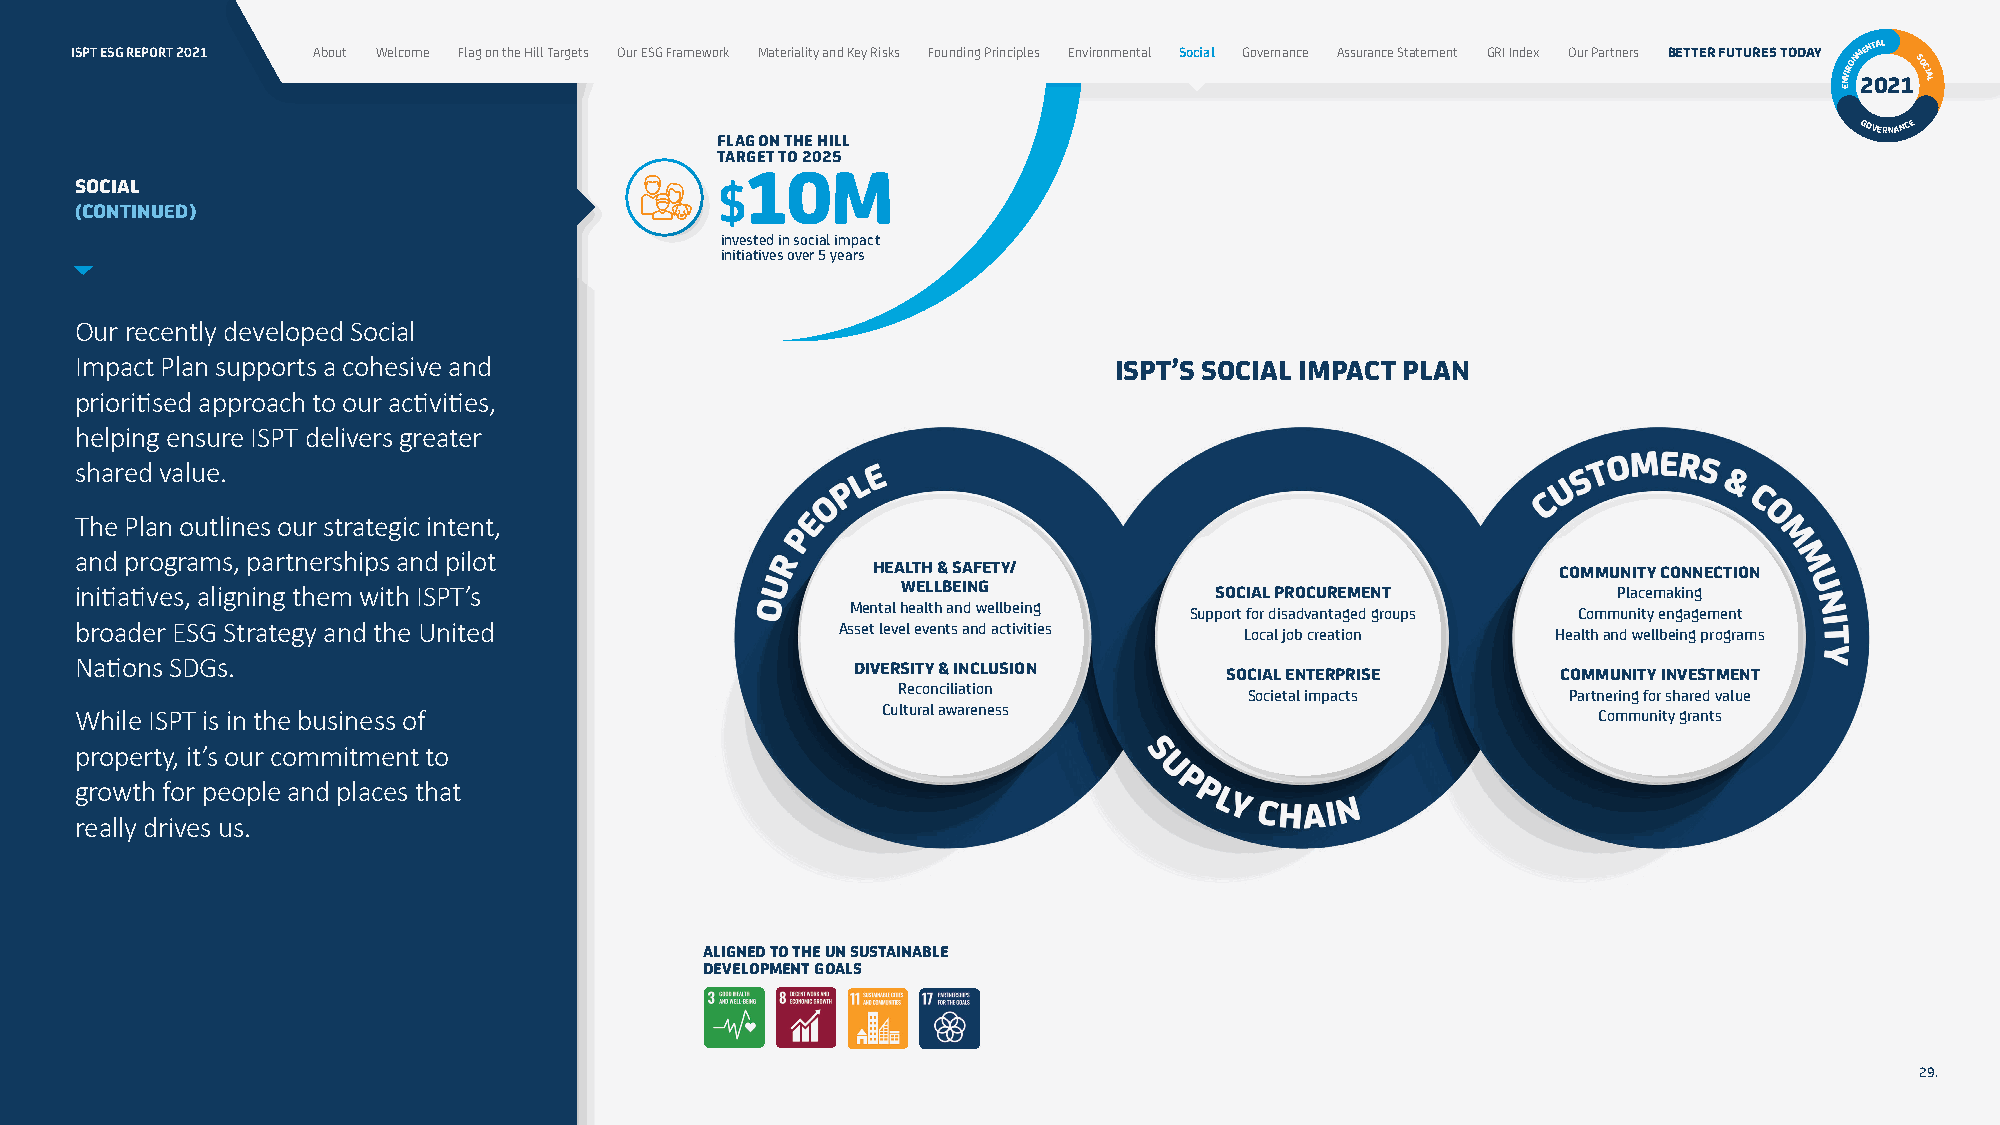
ISPT ESG REPORT 2021 About Welcome Flag on the Hill Targets Our ESG Framework Materiality and Key Risks Founding Principles Environmental Social Governance Assurance Statement GRI Index Our Partners BETTER FUTURES TODAY NVIRONM 2ENT 0AL
 21SOCIAL
 E
 GOVERNANCE
 FLAG ON THE HILL
 TARGET TO 2025
 10M
 SOCIAL                                    $
 (CONTINUED)
 invested in social impact
 initiatives over 5 years
 Our recently developed Social
 Impact Plan supports a cohesive and
 ISPT’S SOCIAL IMPACT PLAN
 prioritised approach to our activities,
 helping ensure ISPT delivers greater
 shared value.
 The Plan outlines our strategic intent,
 and programs, partnerships and pilot
 HEALTH & SAFETY/                             COMMUNITY CONNECTION
 initiatives, aligning them with ISPT’s                 WELLBEING           SOCIAL PROCUREMENT         Placemaking
 Mental health and wellbeing Support for disadvantaged groups Community engagement
 broader ESG Strategy and the United                Asset level events and activities Local job creation Health and wellbeing programs
 Nations SDGs.
 DIVERSITY & INCLUSION    SOCIAL ENTERPRISE     COMMUNITY INVESTMENT
 Reconciliation          Societal impacts     Partnering for shared value
 While ISPT is in the business of                     Cultural awareness                              Community grants
 property, it’s our commitment to
 growth for people and places that
 really drives us.
 ALIGNED TO THE UN SUSTAINABLE
 DEVELOPMENT GOALS
 29.